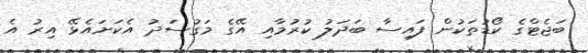
ބަޖެޓްގެ ކޯޑުތަކުން ފައިސާ ބަދަލު ކުރުމާއި އޭގެ މަގުސަދު އެކަށައެޅޭ އިރު އެ